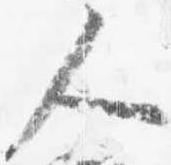
人